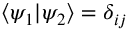
\left\langle \psi _ { 1 } | \psi _ { 2 } \right\rangle = \delta _ { i j }